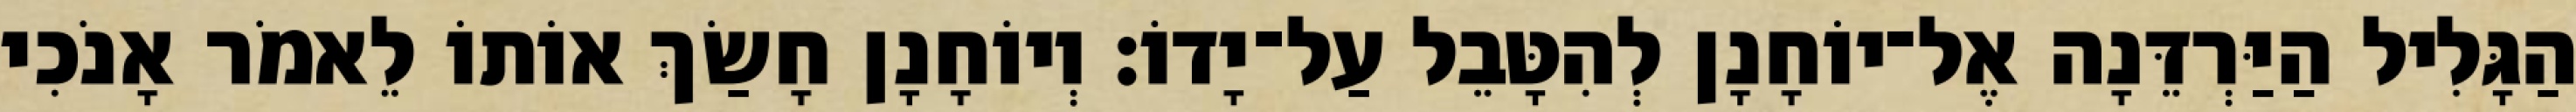
הַגָּלִיל הַיַּרְדֵּנָה אֶל־יוֹחָנָן לְהִטָּבֵל עַל־יָדוֹ׃ וְיוֹחָנָן חָשַׂךְ אוֹתוֹ לֵאמֹר אָנֹכִי